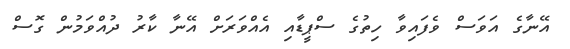
އޭނާގެ އަވަސް ވެފައިވާ ހިތުގެ ސްޕީޑާއި އެއްވަރަށް އޭނާ ކާރު ދުއްވަމުން ގޮސް